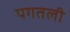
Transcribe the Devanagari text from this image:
पगतली